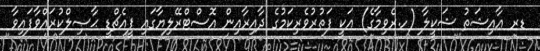
ޑރ ޢާއިޝަތު ޝަކީލާ (ހ.ރެވިމާގެ) އަކީ ފަތުރުވެރިކަމުގެ ދާއިރާއިން އޮސްޓްރޭލިޔާގައި ޕީއެޗްޑީ ޙާޞިލްކުރައްވާފައިވާ